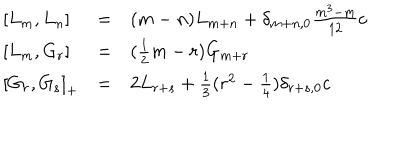
\renewcommand { \arraystretch } { 1 . 5 } \begin{array} { l c l } { { { [ } L _ { m } , L _ { n } { ] } } } & { { = } } & { { ( m - n ) L _ { m + n } + \delta _ { m + n , 0 } \frac { m ^ { 3 } - m } { 1 2 } c } } \\ { { { [ } L _ { m } , G _ { r } { ] } } } & { { = } } & { { ( \frac { 1 } { 2 } m - r ) G _ { m + r } } } \\ { { { [ } G _ { r } , G _ { s } { ] } _ { + } } } & { { = } } & { { 2 L _ { r + s } + \frac { 1 } { 3 } ( r ^ { 2 } - \frac { 1 } { 4 } ) \delta _ { r + s , 0 } c } } \\ \end{array}